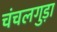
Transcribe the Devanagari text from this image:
चंचलगुड़ा